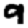
Digit: 9